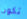
تكون